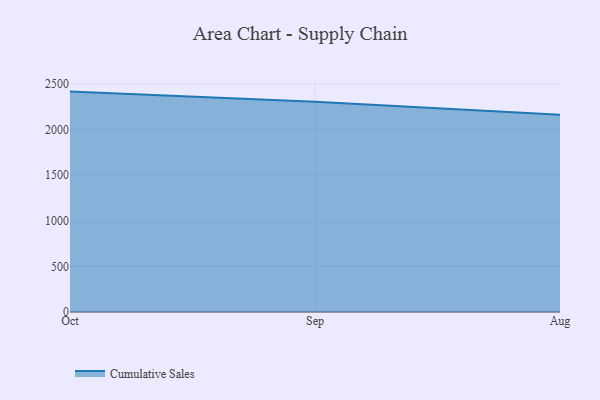
{"axis": {"x": "Month", "y": "Energy Usage (MWh)"}, "legend": ["Cumulative Sales"], "data": [{"x": "Oct", "y": 2413.6, "type": "Cumulative Sales"}, {"x": "Sep", "y": 2303.2, "type": "Cumulative Sales"}, {"x": "Aug", "y": 2160.2, "type": "Cumulative Sales"}]}